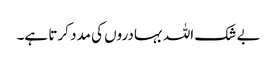
بے شک اللہ بہادروں کی مدد کرتا ہے۔